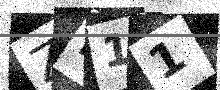
Text: ZL11